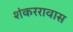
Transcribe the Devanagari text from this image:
शंकररावास